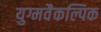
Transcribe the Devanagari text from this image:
युग्मवैकल्पिक